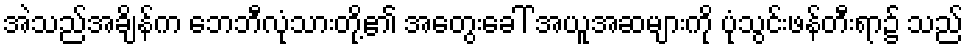
အဲသည်အချိန်က ဘေဘီလုံသားတို့၏ အတွေးခေါ် အယူအဆများကို ပုံသွင်းဖန်တီးရာ၌ သည်